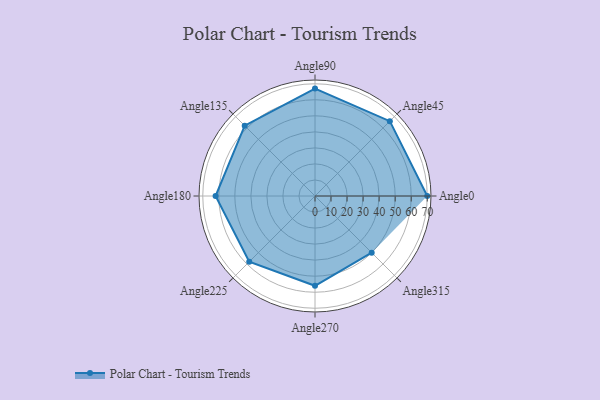
{"axis": {"x": "Angle", "y": "Radius"}, "legend": [""], "data": [{"x": "Angle0", "y": 70.0, "type": ""}, {"x": "Angle45", "y": 66.0, "type": ""}, {"x": "Angle90", "y": 67.0, "type": ""}, {"x": "Angle135", "y": 62.0, "type": ""}, {"x": "Angle180", "y": 62.0, "type": ""}, {"x": "Angle225", "y": 58.0, "type": ""}, {"x": "Angle270", "y": 56.0, "type": ""}, {"x": "Angle315", "y": 50.0, "type": ""}]}